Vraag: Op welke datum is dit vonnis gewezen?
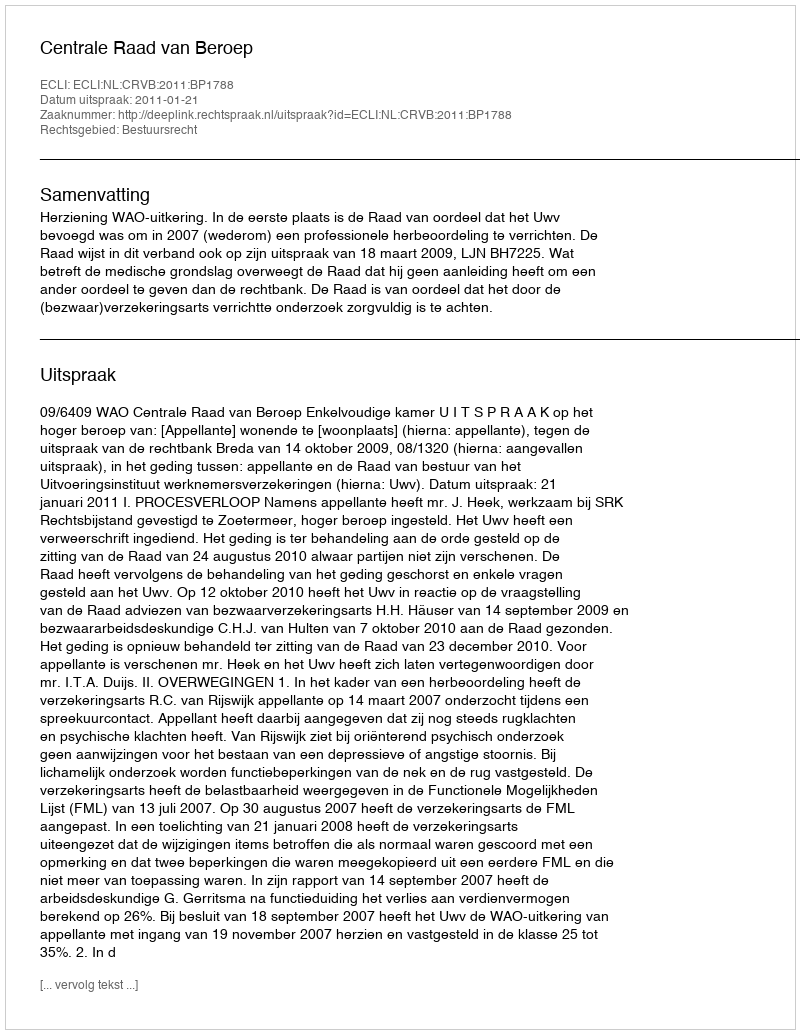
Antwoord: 2011-01-21